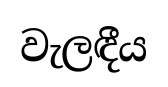
වැලඳීය